Document type: Emphyteutic lease
Year: 1274
Scribe: Pere Marquès
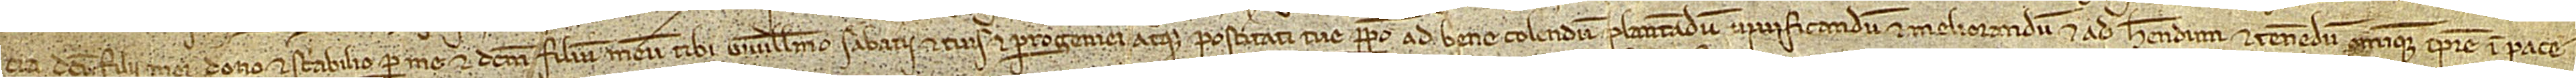
cia dicti filii mei, dono et stabilio per me et dictum filium meum tibi Guillelmo Sabaterii et tuis et progeniei atque posteritate tuo perpetuo, ad bene colendum, plantandum, vividicandum et meliorandum, et ad habendum et tenendum omnique tempore in pace